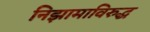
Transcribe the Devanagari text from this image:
निझामाविरुद्ध